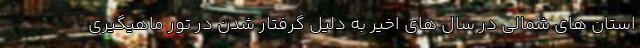
استان های شمالی در سال های اخیر به دلیل گرفتار شدن در تور ماهیگیری